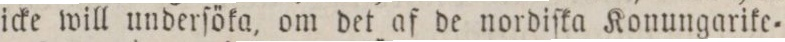
icke will underſöka, om det af de nordiſka Konungarike=